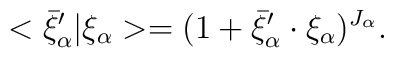
<\bar\xi_\alpha^\prime\vert\xi_\alpha>=(1+\bar\xi_\alpha^\prime\cdot\xi_\alpha)^{J_\alpha}.